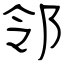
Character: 邻